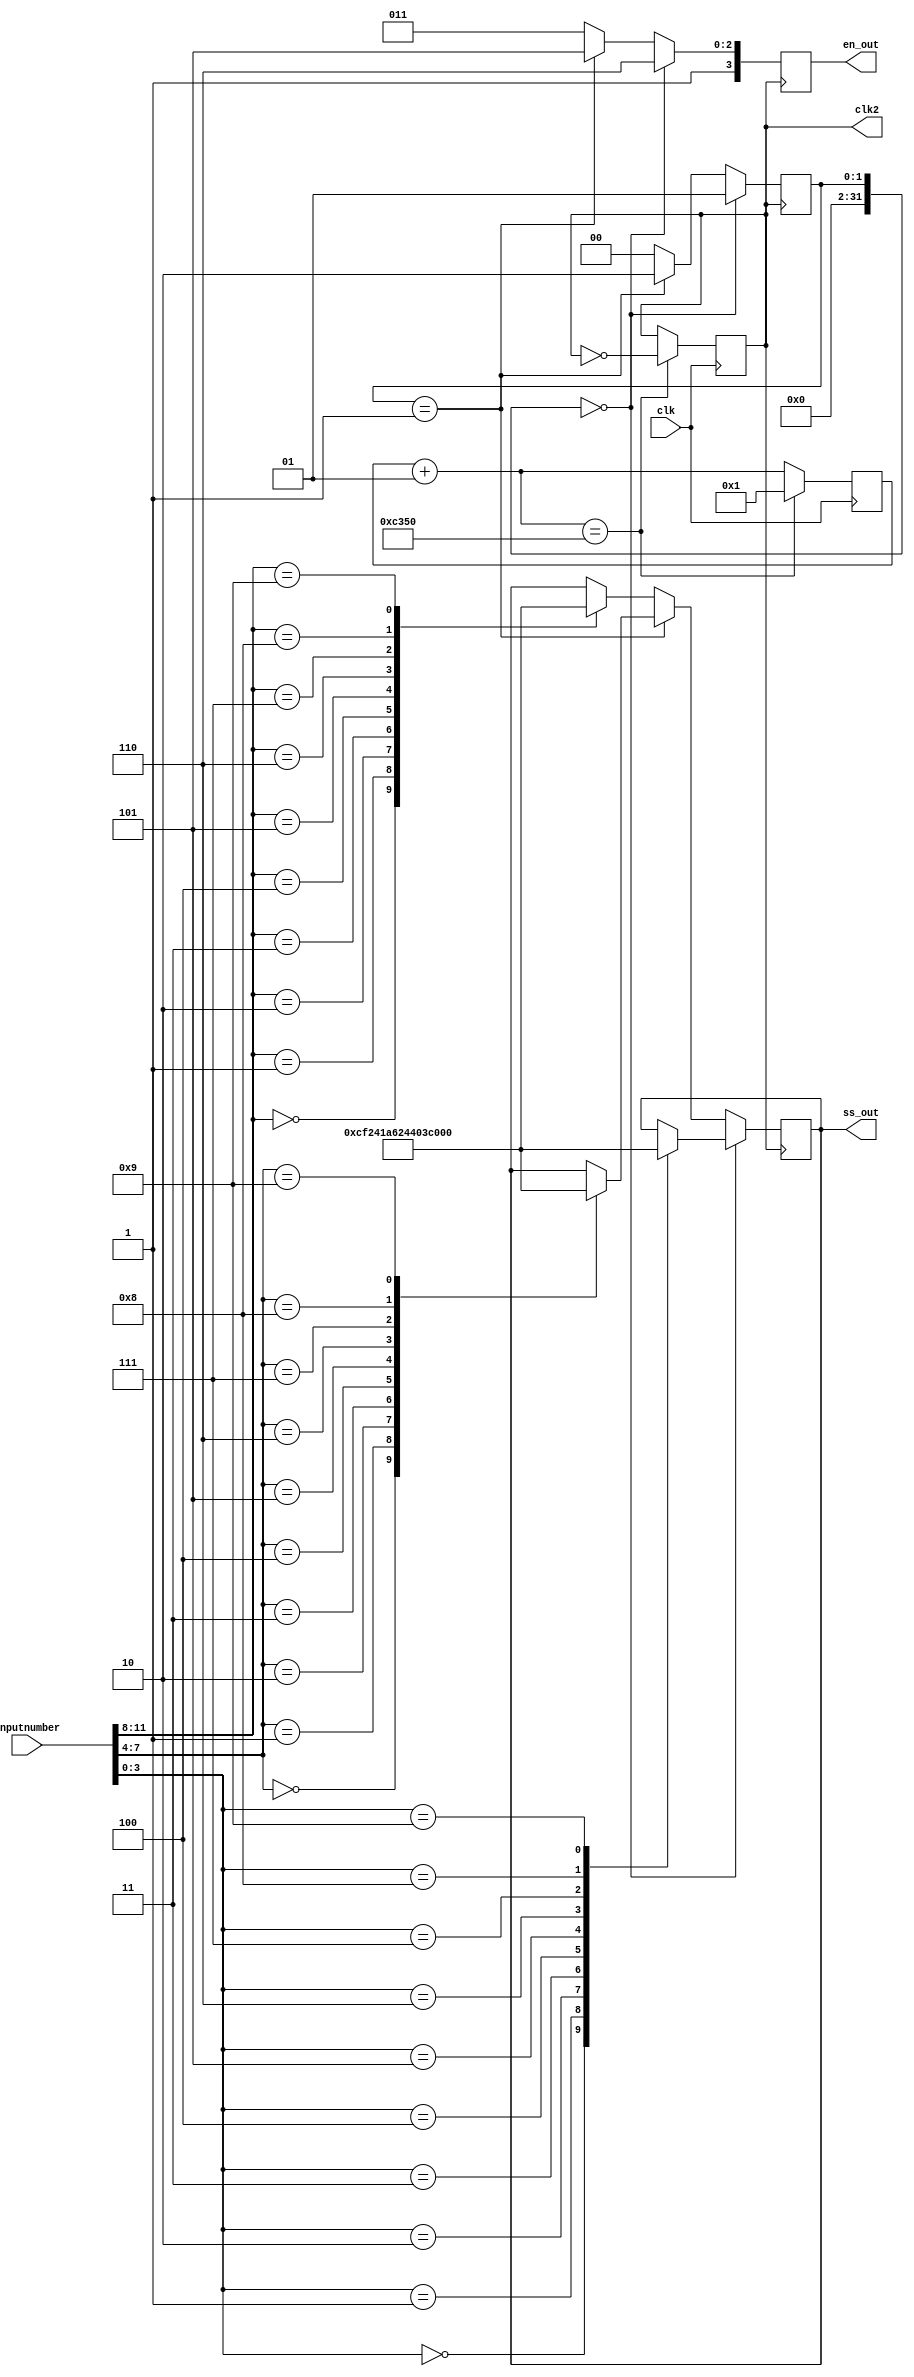
`timescale 1ns / 1ps
//////////////////////////////////////////////////////////////////////////////////
// Company: 
// Engineer: 
// 
// Design Name: 
// Module Name:    displayerleds 
// Project Name: 
// Target Devices: 
// Tool versions: 
// Description: 
//
// Dependencies: 
//
// Revision: 
// Revision 0.01 - File Created
// Additional Comments: 
//
//////////////////////////////////////////////////////////////////////////////////
module displayerleds(inputnumber,ss_out,en_out,clk,clk2
    );
	 
	 //In this module we basically just display the 12 bit bcd number in 7-segment display.
	 input clk;
	 output reg clk2;
	 input [11:0] inputnumber;
	 output reg [6:0] ss_out;
	 output reg [3:0] en_out;
	 
	 integer count1;
	 initial count1 = 0;
	 
	 integer count2;
	 initial count2=0;
	 
	 initial clk2=0;
	 
	 //Clock must at a optimal level because we first show the first number the second then third.
	 //So it must fast because we don't want the human eye to detect the transitions but also
    //it must be slow because we don't want LED to burn or too fast transitions.	 
	 always @(posedge clk) begin 
	 count2 = count2 + 1;
	 if(count2 == 50000) begin
	 clk2 = ~clk2;
	 count2 = 1;
	 
	 end
	 end
	 
	 
	 always @(posedge clk2)begin
	 if(count1 == 0) begin
	   case(inputnumber[3:0])
		      4'b0000: ss_out = 7'b0000001;
            4'b0001: ss_out = 7'b1001111;
            4'b0010: ss_out = 7'b0010010;
            4'b0011: ss_out = 7'b0000110;
            4'b0100: ss_out = 7'b1001100;
            4'b0101: ss_out = 7'b0100100;
            4'b0110: ss_out = 7'b0100000;
            4'b0111: ss_out = 7'b0001111;
            4'b1000: ss_out = 7'b0000000;
            4'b1001: ss_out = 7'b0001100;
				endcase
				en_out = 4'b1110;
				count1=1;
		end
	 
	 else if(count1 == 1) begin
	    case(inputnumber[7:4])
		      4'b0000: ss_out = 7'b0000001;
            4'b0001: ss_out = 7'b1001111;
            4'b0010: ss_out = 7'b0010010;
            4'b0011: ss_out = 7'b0000110;
            4'b0100: ss_out = 7'b1001100;
            4'b0101: ss_out = 7'b0100100;
            4'b0110: ss_out = 7'b0100000;
            4'b0111: ss_out = 7'b0001111;
            4'b1000: ss_out = 7'b0000000;
            4'b1001: ss_out = 7'b0001100;
				endcase
				en_out = 4'b1101;
				count1=2;
				end
		else begin
		   case(inputnumber[11:8])
			   4'b0000: ss_out = 7'b0000001;
            4'b0001: ss_out = 7'b1001111;
            4'b0010: ss_out = 7'b0010010;
            4'b0011: ss_out = 7'b0000110;
            4'b0100: ss_out = 7'b1001100;
            4'b0101: ss_out = 7'b0100100;
            4'b0110: ss_out = 7'b0100000;
            4'b0111: ss_out = 7'b0001111;
            4'b1000: ss_out = 7'b0000000;
            4'b1001: ss_out = 7'b0001100;
				endcase
				en_out = 4'b1011;
				count1=0;
		end
		end
		
endmodule